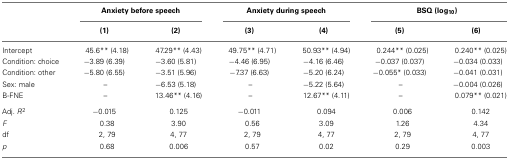
<table><thead><tr><td>[EMPTY_CELL]</td><td colspan="2"><b>Anxiety before speech</b></td><td colspan="2"><b>Anxiety during speech</b></td><td colspan="2"><b>BSQ (log<sub>10</sub>)</b></td></tr><tr><td>[EMPTY_CELL]</td><td><b>(1)</b></td><td><b>(2)</b></td><td><b>(3)</b></td><td><b>(4)</b></td><td><b>(5)</b></td><td><b>(6)</b></td></tr></thead><tbody><tr><td>Intercept</td><td>45.6** (4.18)</td><td>47.29** (4.43)</td><td>49.75** (4.71)</td><td>50.93** (4.94)</td><td>0.244** (0.025)</td><td>0.240** (0.025)</td></tr><tr><td>Condition: choice</td><td>−3.89 (6.39)</td><td>−3.60 (5.81)</td><td>−4.46 (6.95)</td><td>−4.16 (6.46)</td><td>−0.037 (0.037)</td><td>−0.034 (0.033)</td></tr><tr><td>Condition: other</td><td>−5.80 (6.55)</td><td>−3.51 (5.96)</td><td>−7.37 (6.63)</td><td>−5.20 (6.24)</td><td>−0.055* (0.033)</td><td>−0.041 (0.031)</td></tr><tr><td>Sex: male</td><td>–</td><td>−6.53 (5.18)</td><td>–</td><td>−5.22 (5.64)</td><td>–</td><td>−0.004 (0.026)</td></tr><tr><td>B-FNE</td><td>–</td><td>13.46** (4.16)</td><td>–</td><td>12.67** (4.11)</td><td>–</td><td>0.079** (0.021)</td></tr><tr><td>Adj. <i>R</i><sup>2</sup></td><td>−0.015</td><td>0.125</td><td>−0.011</td><td>0.094</td><td>0.006</td><td>0.142</td></tr><tr><td><i>F</i></td><td>0.38</td><td>3.90</td><td>0.56</td><td>3.09</td><td>1.26</td><td>4.34</td></tr><tr><td>df</td><td>2, 79</td><td>4, 77</td><td>2, 79</td><td>4, 77</td><td>2, 79</td><td>4, 77</td></tr><tr><td><i>p</i></td><td>0.68</td><td>0.006</td><td>0.57</td><td>0.02</td><td>0.29</td><td>0.003</td></tr></tbody></table>